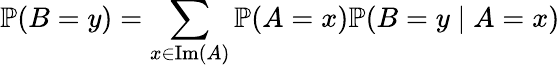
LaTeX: \mathbb{P}(B=y)=\sum_{x\in\mathrm{Im}(A)}\mathbb{P}(A=x)\mathbb{P}(B=y\mid A=x)